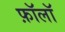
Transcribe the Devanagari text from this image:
फ़ॉलॉ